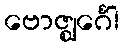
ဗောဇ္ဈင်္ဂေါ